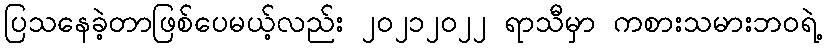
ပြသနေခဲ့တာဖြစ်ပေမယ့်လည်း ၂၀၂၁၂၀၂၂ ရာသီမှာ ကစားသမားဘဝရဲ့